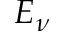
E _ { \nu }